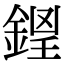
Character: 𨧵